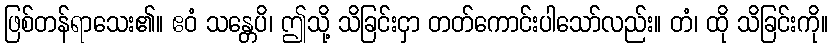
ဖြစ်တန်ရာသေး၏။ ဧဝံ သန္တေပိ၊ ဤသို့ သိခြင်းငှာ တတ်ကောင်းပါသော်လည်း။ တံ၊ ထို သိခြင်းကို။